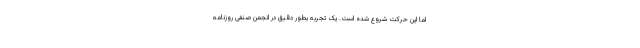
اما این حرکت شروع شده است. یک تجربه بطور دقیق در انجمن صنفی روزنامه